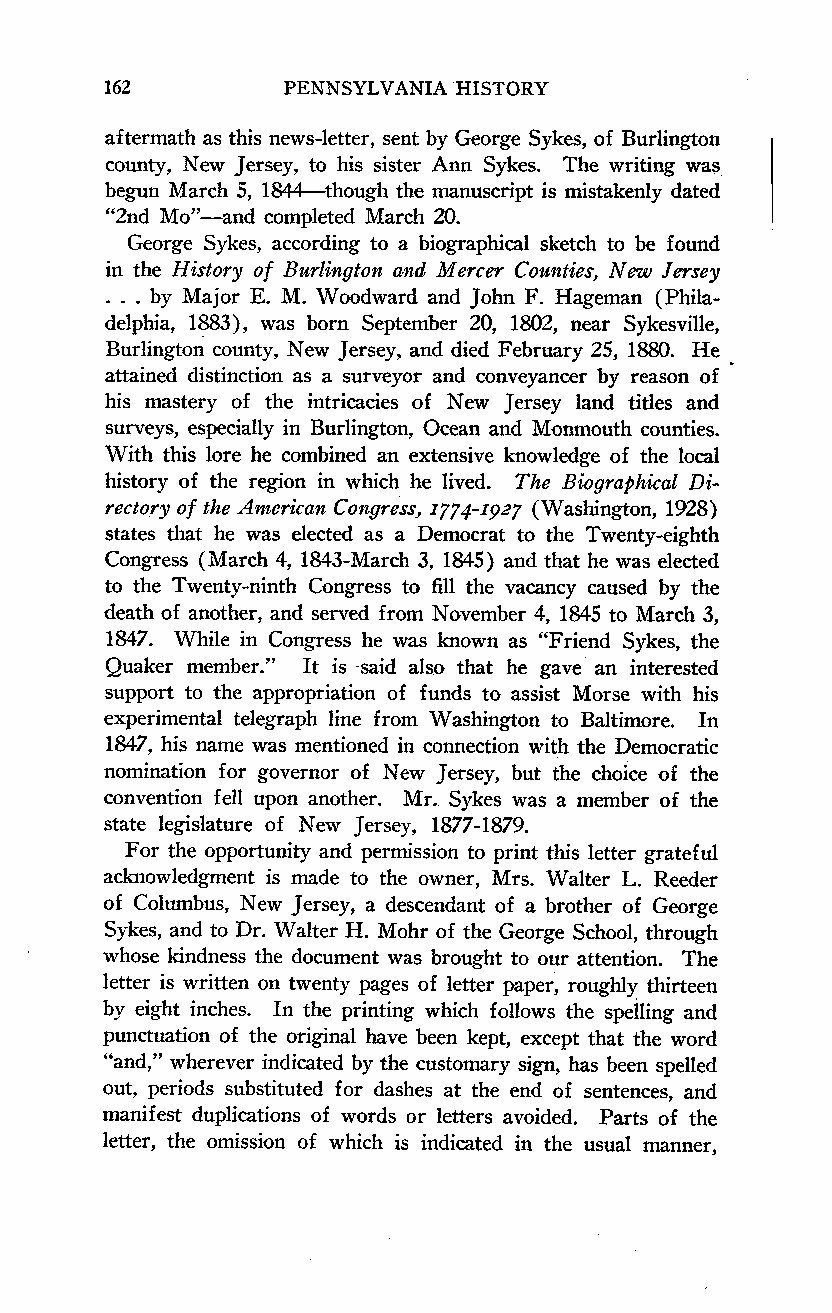
162         PENNSYLVANIA HISTORY
 aftermath as this news-letter, sent by George Sykes, of Burlington
 county, New Jersey, to his sister Ann Sykes. The writing was
 begun March 5, 1844-though the manuscript is mistakenly dated
 "2nd Mo"-and completed March 20.
 George Sykes, according to a biographical sketch to be found
 in the History of Burlington and Mercer Counties, New Jersey
 ... by Major E. M. Woodward and John F. Hageman (Phila-
 delphia, 1883), was born September 20, 1802, near Sykesville,
 Burlington county, New Jersey, and died February 25, 1880. He
 attained distinction as a surveyor and conveyancer by reason of
 his mastery of the intricacies of New Jersey land titles and
 surveys, especially in Burlington, Ocean and Monmouth counties.
 With this lore he combined an extensive knowledge of the local
 history of the region in which he lived. The Biographical Di-
 rectory of the Amterican Congress, I774-1927 (Washington, 1928)
 states that he was elected as a Democrat to the Twenty-eighth
 Congress (March 4, 1843-March 3, 1845) and that he was elected
 to the Twenty-ninth Congress to fill the vacancy caused by the
 death of another, and served from November 4, 1845 to March 3,
 1847. While in Congress he was known as "Friend Sykes, the
 Quaker member." It is -said also that he gave an interested
 support to the appropriation of funds to assist Morse with his
 experimental telegraph line from Washington to Baltimore. In
 1847, his name was mentioned in connection with the Democratic
 nomination for governor of New Jersey, but the choice of the
 convention fell upon another. Mr. Sykes was a member of the
 state legislature of New Jersey, 1877-1879.
 For the opportunity and permission to print this letter grateful
 acknowledgment is made to the owner, Mrs. Walter L. Reeder
 of Columbus, New Jersey, a descendant of a brother of George
 Sykes, and to Dr. Walter H. Mohr of the George School, through
 whose kindness the document was brought to our attention. The
 letter is written on twenty pages of letter paper, roughly thirteen
 by eight inches. In the printing which follows the spelling and
 punctuation of the original have been kept, except that the word
 "and," wherever indicated by the customary sign, has been spelled
 out, periods substituted for dashes at the end of sentences, and
 manifest duplications of words or letters avoided. Parts of the
 letter, the omission of which is indicated in the usual manner,